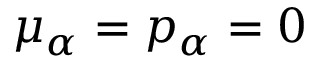
\mu _ { \alpha } = p _ { \alpha } = 0